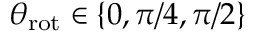
\theta _ { \mathrm { r o t } } \in \{ 0 , \pi / 4 , \pi / 2 \}